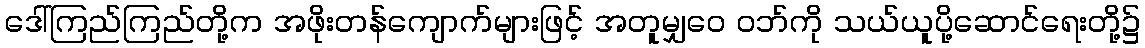
ဒေါ်ကြည်ကြည်တို့က အဖိုးတန်ကျောက်များဖြင့် အတူမျှဝေ ဝဘ်ကို သယ်ယူပို့ဆောင်ရေးတို့၌